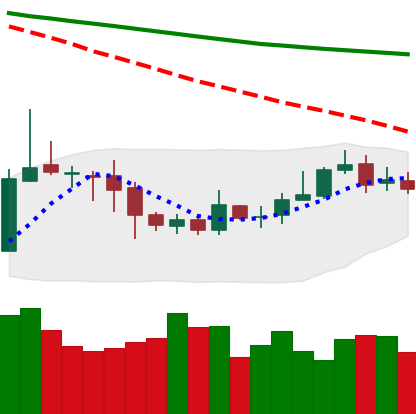
Ticker: ETC-USD
Chart end date: 2020-10-15
Forward return: -4.384%
Label: down_3_5